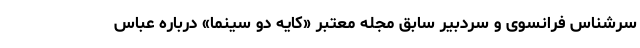
سرشناس فرانسوی و سردبیر سابق مجله معتبر «کایه دو سینما» درباره عباس